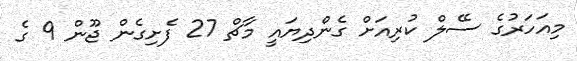
މިއަހަރުގެ ސޭލް ކުރިއަށް ގެންދިޔައީ މާޗް 27 ފެށިގެން ޖޫން 9 ގެ